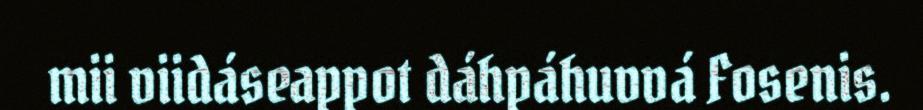
mii viidáseappot dáhpáhuvvá Fosenis.